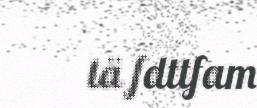
tä fdttfam